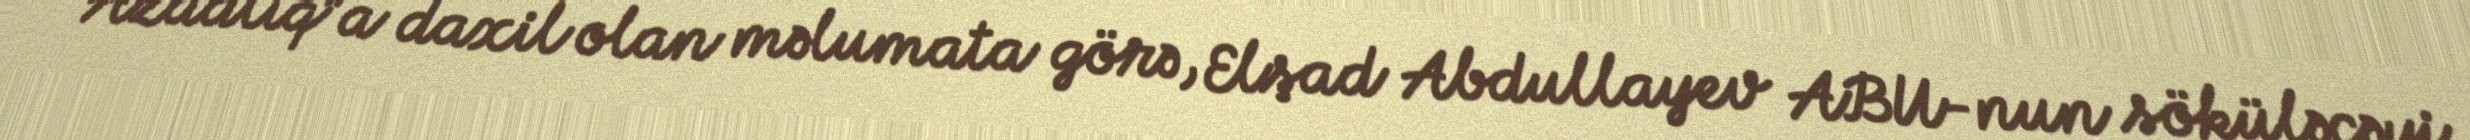
“Azadlıq”a daxil olan məlumata görə, Elşad Abdullayev ABU-nun söküləcəyi